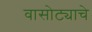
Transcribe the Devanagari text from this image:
वासोट्याचे